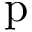
\mathrm { p }